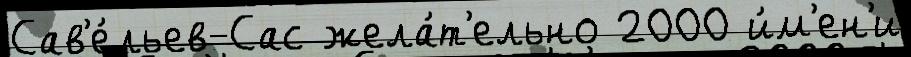
Сав'е́льев-Сас жела́т'ельно 2000 и́м'ен'и